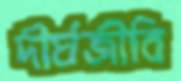
দীর্ঘজীবি